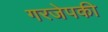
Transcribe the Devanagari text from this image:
गरजेपकी